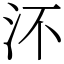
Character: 㳅